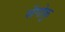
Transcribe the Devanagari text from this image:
सेंगोकु